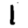
Digit: 1